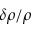
\delta \rho / \rho